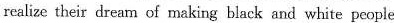
realize their dream of making black and white people